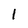
Character: I